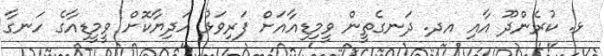
ޅ. ކުރެންދޫ އާއި އދ. ދަނގެތީން ވީމިޑިއާއަށް ފަރިވަޅު ހަދިޔާކޮށް ވީމީޑިއާގެ ހަނގާ